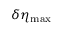
\delta \eta _ { \mathrm { m a x } }